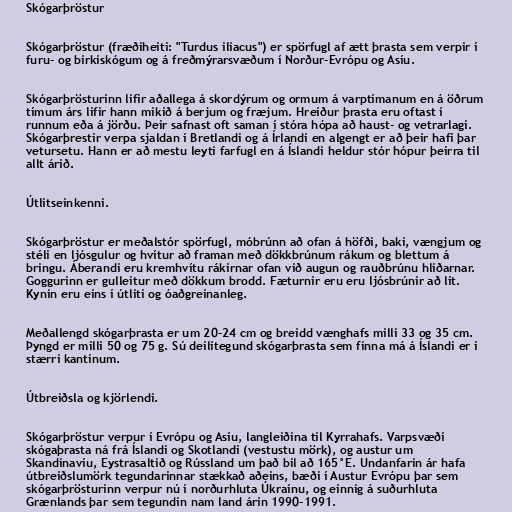
Skógarþröstur

Skógarþröstur (fræðiheiti: "Turdus iliacus") er spörfugl af ætt þrasta sem verpir í
furu- og birkiskógum og á freðmýrarsvæðum í Norður-Evrópu og Asíu.

Skógarþrösturinn lifir aðallega á skordýrum og ormum á varptímanum en á öðrum
tímum árs lifir hann mikið á berjum og fræjum. Hreiður þrasta eru oftast í
runnum eða á jörðu. Þeir safnast oft saman í stóra hópa að haust- og vetrarlagi.
Skógarþrestir verpa sjaldan í Bretlandi og á Írlandi en algengt er að þeir hafi þar
vetursetu. Hann er að mestu leyti farfugl en á Íslandi heldur stór hópur þeirra til
allt árið.

Útlitseinkenni.

Skógarþröstur er meðalstór spörfugl, móbrúnn að ofan á höfði, baki, vængjum og
stéli en ljósgulur og hvítur að framan með dökkbrúnum rákum og blettum á
bringu. Áberandi eru kremhvítu rákirnar ofan við augun og rauðbrúnu hliðarnar.
Goggurinn er gulleitur með dökkum brodd. Fæturnir eru eru ljósbrúnir að lit.
Kynin eru eins í útliti og óaðgreinanleg.

Meðallengd skógarþrasta er um 20-24 cm og breidd vænghafs milli 33 og 35 cm.
Þyngd er milli 50 og 75 g. Sú deilitegund skógarþrasta sem finna má á Íslandi er í
stærri kantinum.

Útbreiðsla og kjörlendi.

Skógarþröstur verpur í Evrópu og Asíu, langleiðina til Kyrrahafs. Varpsvæði
skógaþrasta ná frá Íslandi og Skotlandi (vestustu mörk), og austur um
Skandinavíu, Eystrasaltið og Rússland um það bil að 165°E. Undanfarin ár hafa
útbreiðslumörk tegundarinnar stækkað aðeins, bæði í Austur Evrópu þar sem
skógarþrösturinn verpur nú í norðurhluta Úkraínu, og einnig á suðurhluta
Grænlands þar sem tegundin nam land árin 1990-1991.